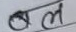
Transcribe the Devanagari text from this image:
बल